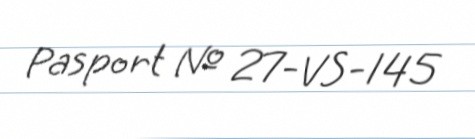
Pasport № 27-VS-145